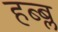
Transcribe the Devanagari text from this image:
हब्ब्ल